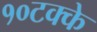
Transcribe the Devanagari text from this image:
१०टक्के